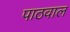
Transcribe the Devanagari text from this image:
पाठवाल